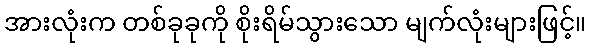
အားလုံးက တစ်ခုခုကို စိုးရိမ်သွားသော မျက်လုံးများဖြင့်။